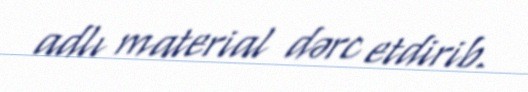
adlı material dərc etdirib.